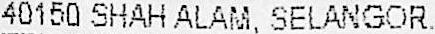
40150 SHAH ALAM, SELANGOR.